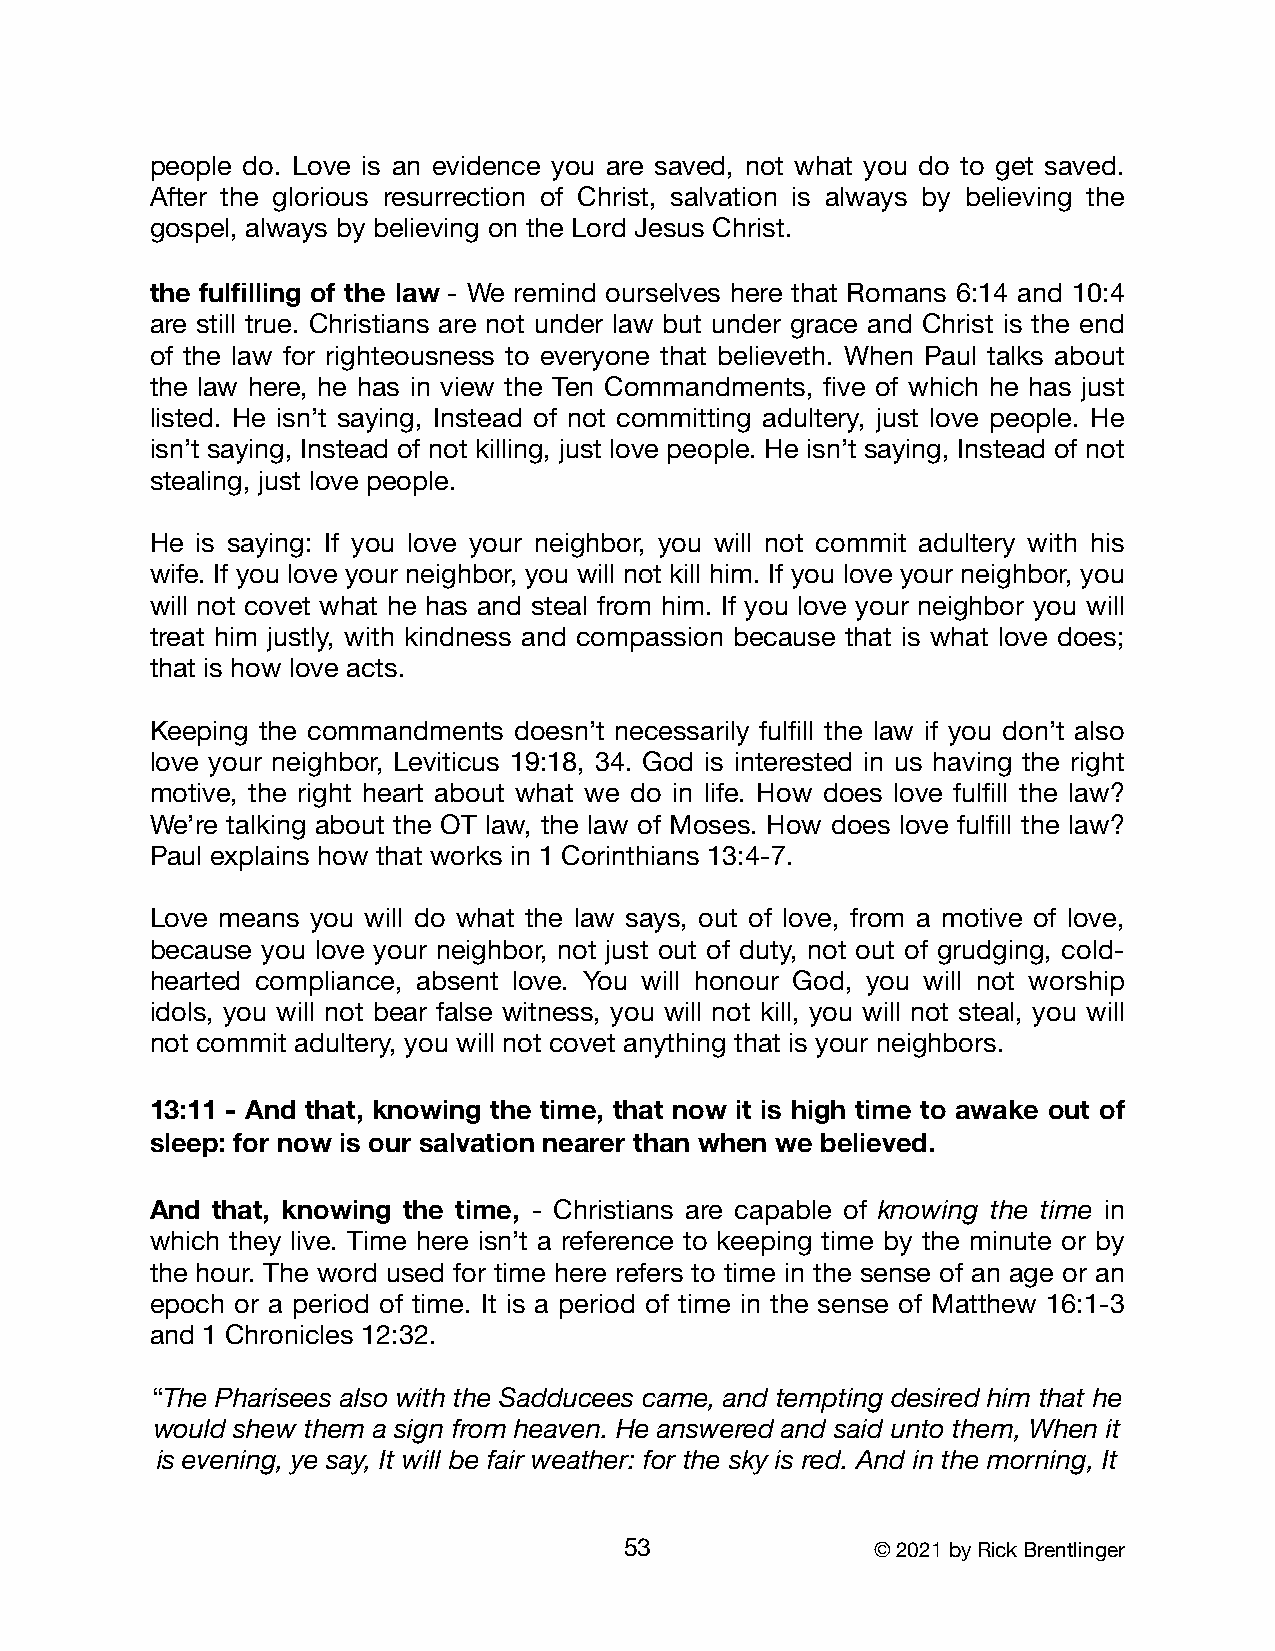
people do. Love is an evidence you are saved, not what you do to get saved.
 After the glorious resurrection of Christ, salvation is always by believing the
 gospel, always by believing on the Lord Jesus Christ.
 the fulfilling of the law - We remind ourselves here that Romans 6:14 and 10:4
 are still true. Christians are not under law but under grace and Christ is the end
 of the law for righteousness to everyone that believeth. When Paul talks about
 the law here, he has in view the Ten Commandments, five of which he has just
 listed. He isn’t saying, Instead of not committing adultery, just love people. He
 isn’t saying, Instead of not killing, just love people. He isn’t saying, Instead of not
 stealing, just love people.
 He is saying: If you love your neighbor, you will not commit adultery with his
 wife. If you love your neighbor, you will not kill him. If you love your neighbor, you
 will not covet what he has and steal from him. If you love your neighbor you will
 treat him justly, with kindness and compassion because that is what love does;
 that is how love acts.
 Keeping the commandments doesn’t necessarily fulfill the law if you don’t also
 love your neighbor, Leviticus 19:18, 34. God is interested in us having the right
 motive, the right heart about what we do in life. How does love fulfill the law?
 We’re talking about the OT law, the law of Moses. How does love fulfill the law?
 Paul explains how that works in 1 Corinthians 13:4-7.
 Love means you will do what the law says, out of love, from a motive of love,
 because you love your neighbor, not just out of duty, not out of grudging, cold-
 hearted compliance, absent love. You will honour God, you will not worship
 idols, you will not bear false witness, you will not kill, you will not steal, you will
 not commit adultery, you will not covet anything that is your neighbors.
 13:11 - And that, knowing the time, that now it is high time to awake out of
 sleep: for now is our salvation nearer than when we believed.
 And that, knowing the time, - Christians are capable of knowing the time in
 which they live. Time here isn’t a reference to keeping time by the minute or by
 the hour. The word used for time here refers to time in the sense of an age or an
 epoch or a period of time. It is a period of time in the sense of Matthew 16:1-3
 and 1 Chronicles 12:32.
 “The Pharisees also with the Sadducees came, and tempting desired him that he
 would shew them a sign from heaven. He answered and said unto them, When it
 is evening, ye say, It will be fair weather: for the sky is red. And in the morning, It
 53               © 2021 by Rick Brentlinger